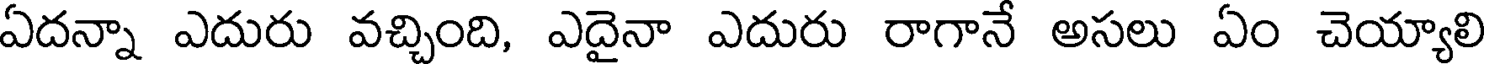
ఏదన్నా ఎదురు వచ్చింది, ఎదైనా ఎదురు రాగానే అసలు ఏం చెయ్యాలి